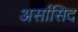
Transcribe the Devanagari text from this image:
अर्सासिद